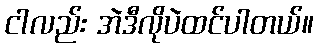
ငါလည်း အဲဒီလိုပဲထင်ပါတယ်။